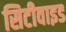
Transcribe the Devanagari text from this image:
सिटीवाइड